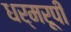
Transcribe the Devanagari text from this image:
धर्मरूपी